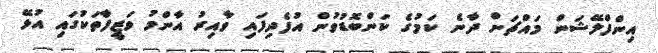
އިންފްލޭޝަން މައްޗަށް ދާނެ ކަމުގެ ކަންބޮޑުވުން އުފެދިފައި ވާއިރު އާންމު ވަޒީފާތަކުގައި އުޅޭ